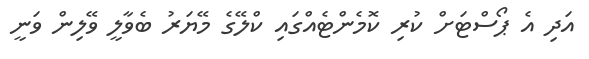
އަދި އެ ޕޯސްޓަށް ކުރި ކޮމެންޓެއްގައި ކްލޭގެ މޭޔަރު ބެވާލީ ވޭލިން ވަނީ